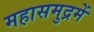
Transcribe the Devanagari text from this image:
महासमुद्रमें